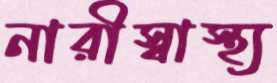
নারীস্বাস্থ্য